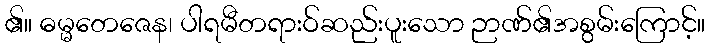
၏။ ဓမ္မတေဇေန၊ ပါရမီတရားဝ်ဆည်းပူးသော ဉာဏ်၏အစွမ်းကြောင့်။